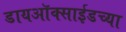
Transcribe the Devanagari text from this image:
डायऑक्साईडच्या